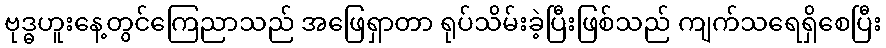
ဗုဒ္ဓဟူးနေ့တွင်ကြေညာသည် အဖြေရှာတာ ရုပ်သိမ်းခဲ့ပြီးဖြစ်သည် ကျက်သရေရှိစေပြီး